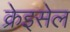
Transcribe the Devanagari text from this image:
क्रेइसेल